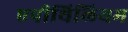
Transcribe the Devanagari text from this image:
एपीथिलियम